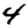
Digit: 4